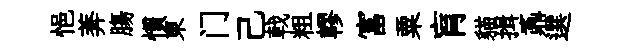
悒莾膓慣東门己戟粗轇富粟肓貓揖鼒選